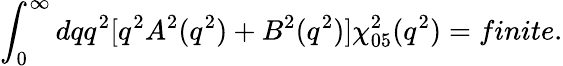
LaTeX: \int_{0}^{\infty}dqq^{2}\lbrack q^{2}A^{2}(q^{2})+B^{2}(q^{2})\rbrack\chi_{05}^{2}(q^{2})=finite.